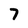
Character: 7